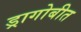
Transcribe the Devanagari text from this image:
ड्रागोबीत